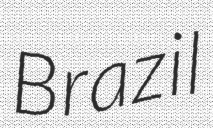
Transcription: Brazil